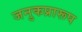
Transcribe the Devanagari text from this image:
जनुकप्रारूप